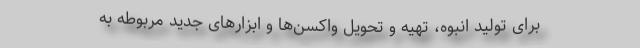
برای تولید انبوه، تهیه و تحویل واکسن‌ها و ابزارهای جدید مربوطه به